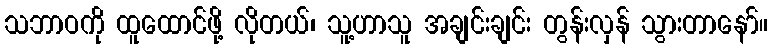
သဘာဝကို ထူထောင်ဖို့ လိုတယ်၊ သူ့ဟာသူ အချင်းချင်း တွန်းလှန် သွားတာနော်။